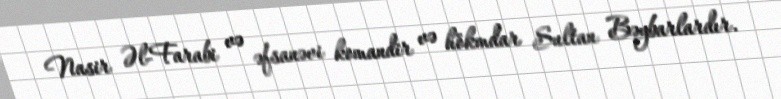
Nasir Əl-Farabi və əfsanəvi komandir və hökmdar Sultan Bəybarlardır.